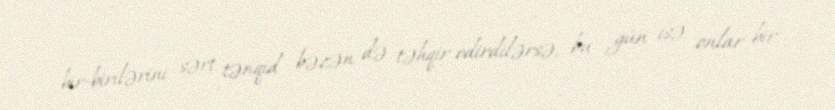
bir-birilərini sərt tənqid bəzən də təhqir edirdilərsə, bu gün isə onlar bir